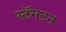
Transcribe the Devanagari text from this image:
स्टॅनटन